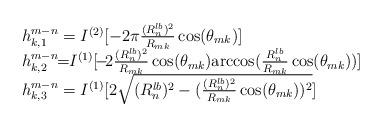
LaTeX: \begin{align*}\begin{array}{l}h_{k,1}^{m-n}=I^{(2)}[-2\pi\frac{(R_n^{lb})^2}{R_{mk}}\cos(\theta_{mk})]\\h_{k,2}^{m-n}\!\!=\!\!I^{(1)}[\!-\!2\frac{(R_n^{lb})^2}{R_{mk}}\cos(\theta_{mk})\!\arccos(\frac{R_n^{lb}}{R_{mk}}\cos(\theta_{mk}))]\\h_{k,3}^{m-n}=I^{(1)}[2\sqrt{(R_n^{lb})^2-(\frac{(R_n^{lb})^2}{R_{mk}}\cos(\theta_{mk}))^2}]\end{array}\end{align*}